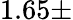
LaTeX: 1.65\pm